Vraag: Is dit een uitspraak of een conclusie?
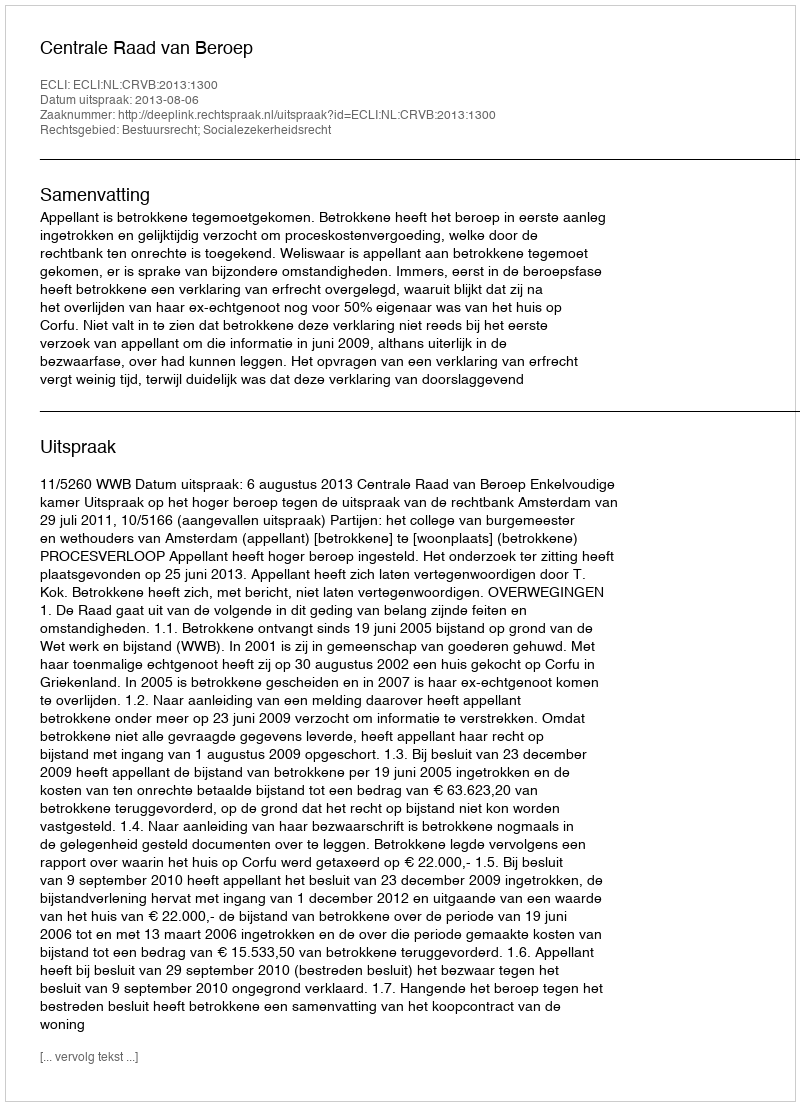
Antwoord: Uitspraak